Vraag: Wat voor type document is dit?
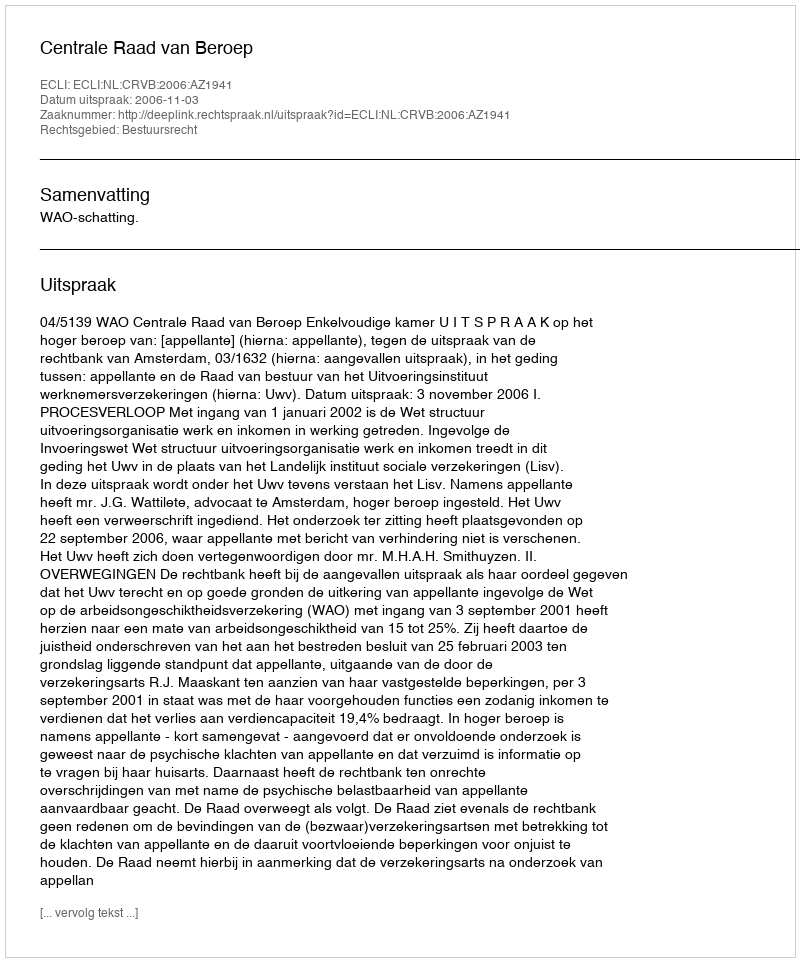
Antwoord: Uitspraak